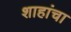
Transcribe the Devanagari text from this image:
शाहांचा